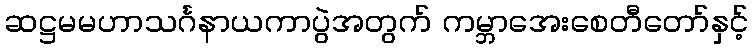
ဆဋ္ဌမမဟာသင်္ဂနာယကာပွဲအတွက် ကမ္ဘာအေးစေတီတော်နှင့်